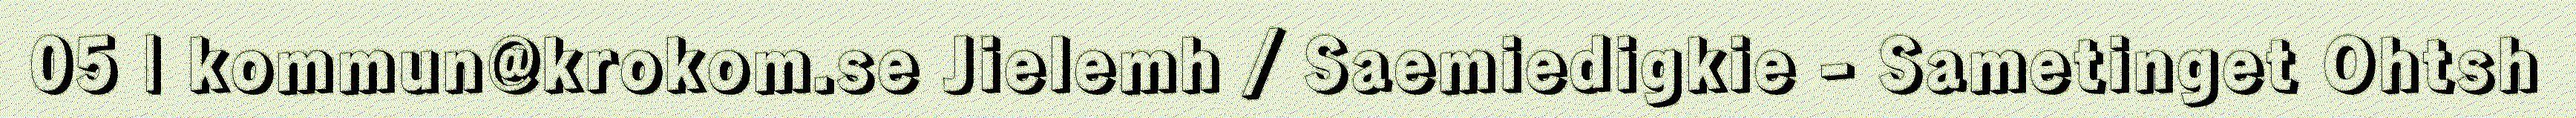
05 | kommun@krokom.se Jielemh / Saemiedigkie - Sametinget Ohtsh